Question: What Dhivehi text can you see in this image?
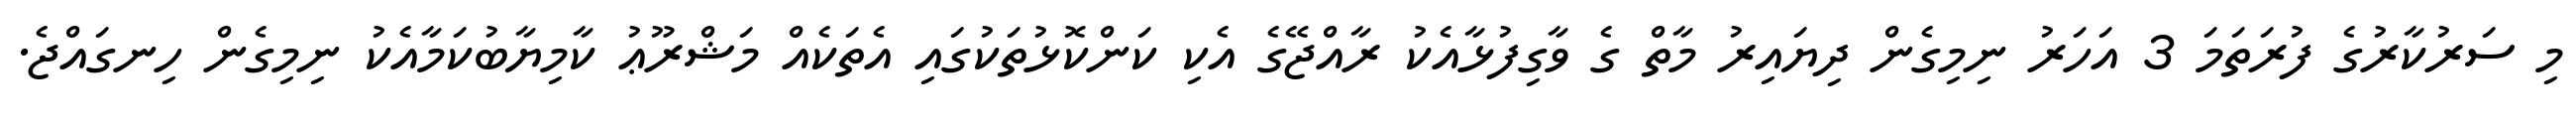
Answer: މި ސަރުކާރުގެ ފުރަތަމަ 3 އަހަރު ނިމިގެން ދިޔައިރު މާތް ގެ ވާގިފުޅާއެކު ރާއްޖޭގެ އެކި ކަންކޮޅުތަކުގައި އެތަކެއް މަޝްރޫޢު ކާމިޔާބުކަމާއެކު ނިމިގެން ހިނގައްޖެ.